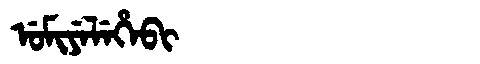
Manchu: ᡠᠮᡳᠶᡝᠯᡝᡥᡝᠪᡳ
Romanization: UMIYELEHEBI